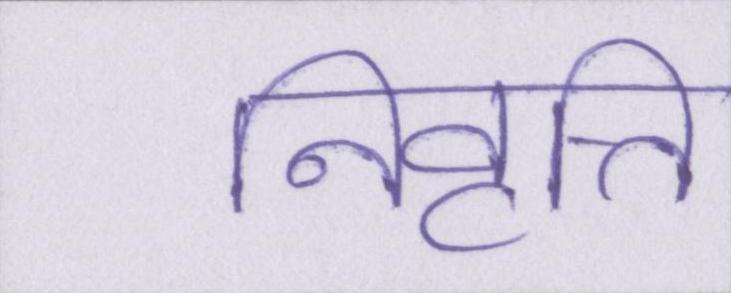
निवृत्ति